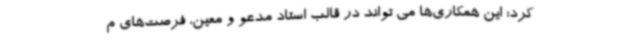
کرد: این همکاری‌ها می تواند در قالب استاد مدعو و معین، فرصت‌های م